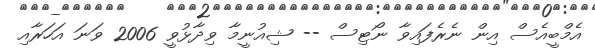
އެމްބީއެސް އިން ނެރެފައިވާ ނޯޓިސް -- ޝިއުނީމާ ވިދާޅުވީ 2006 ވަނަ އަހަރާއި